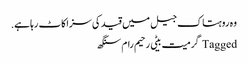
وہ روہتاک جیل میں قید کی سزاکاٹ رہا ہے.
Tagged گرمیت بیٹی رحیم رام سنگھ